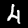
Digit: 4